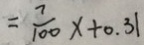
= \frac { 7 } { 1 0 0 } x + 0 . 3 1